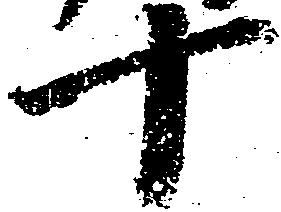
十